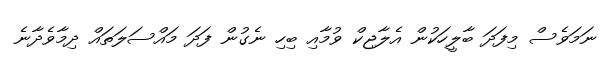
ނަމަވެސް މިފަދަ ބާލީހަކުން އެލާޖިކް ވުމާއި ބިހި ނެގުން ފަދަ މައްސަލަތައް ދިމާވެދާނެ